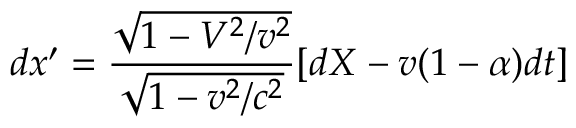
d x ^ { \prime } = \frac { \sqrt { 1 - V ^ { 2 } / v ^ { 2 } } } { \sqrt { 1 - v ^ { 2 } / c ^ { 2 } } } [ d X - v ( 1 - \alpha ) d t ]